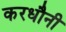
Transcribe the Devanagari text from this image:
करधौनी